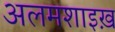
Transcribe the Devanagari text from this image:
अलमशाइख़